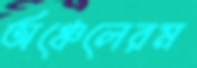
অঞ্চেলেরম